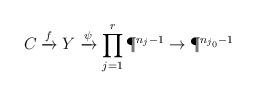
LaTeX: \begin{align*}{C}\xrightarrow{f} Y\xrightarrow{\psi} \prod_{j=1}^r\P^{n_j-1}\rightarrow\P^{n_{j_0}-1}\end{align*}